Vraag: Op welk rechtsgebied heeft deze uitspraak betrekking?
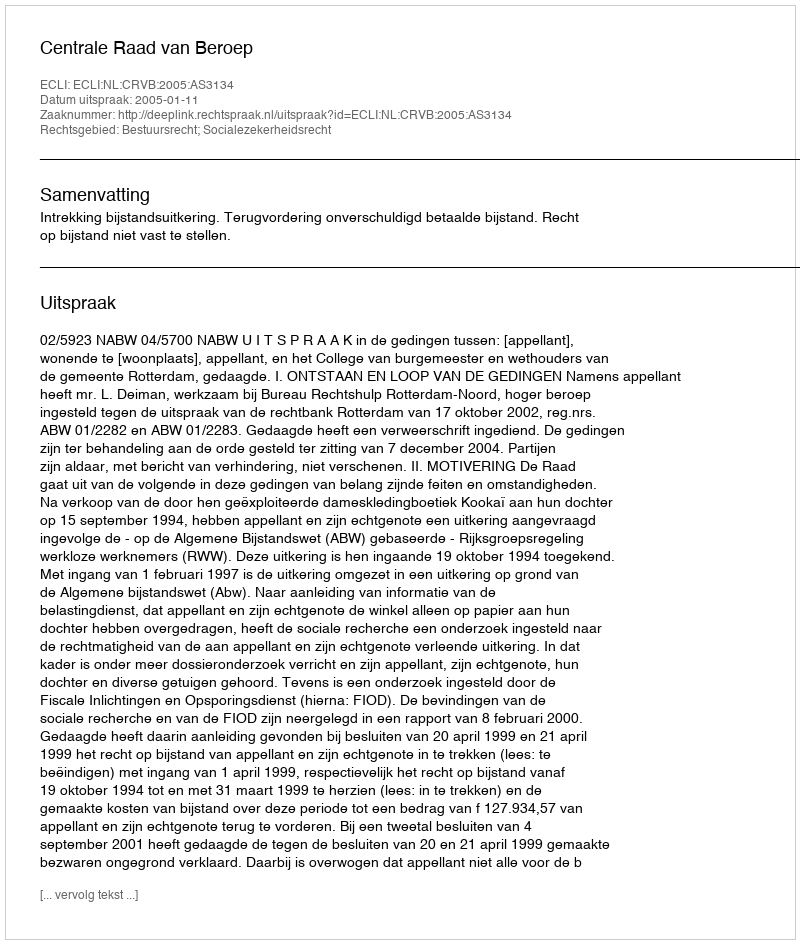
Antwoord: Bestuursrecht; Socialezekerheidsrecht